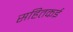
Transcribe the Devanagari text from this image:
सहितकई